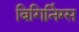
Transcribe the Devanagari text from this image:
बिगिनिंग्स